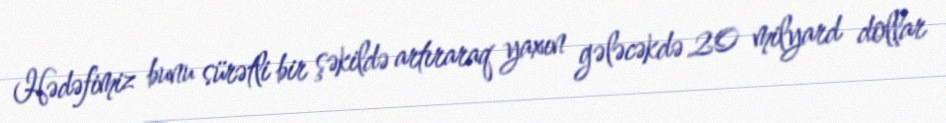
Hədəfimiz bunu sürətli bir şəkildə artıraraq yaxın gələcəkdə 20 milyard dollar